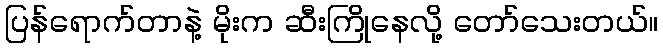
ပြန်ရောက်တာနဲ့ မိုးက ဆီးကြိုနေလို့ တော်သေးတယ်။